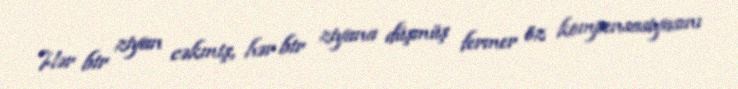
Hər bir ziyan cəkmiş, hər bir ziyana düşmüş fermer öz kompensasiyasını